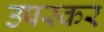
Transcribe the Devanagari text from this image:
उपस्‍कर